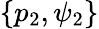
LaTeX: \{ p_{2},\psi_{2}\}